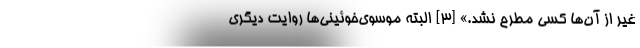
غیر از آن‌ها کسی مطرح نشد.» [۳] البته موسوی‌خوئینی‌ها روایت دیگری